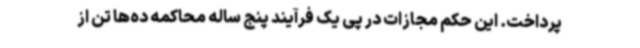
پرداخت. این حکم مجازات در پی یک فرآیند پنج ساله محاکمه ده‌ها تن از